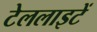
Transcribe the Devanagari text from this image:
टेललाइटें